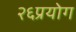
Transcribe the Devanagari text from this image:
२६प्रयोग